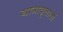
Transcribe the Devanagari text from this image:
यात्रावृत्तांतों